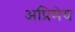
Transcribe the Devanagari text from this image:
अप्रिमेय